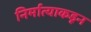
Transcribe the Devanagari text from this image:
निर्मात्याकडून